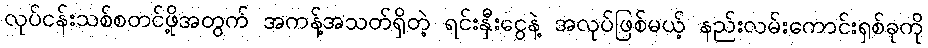
လုပ်ငန်းသစ်စတင်ဖို့အတွက် အကန့်အသတ်ရှိတဲ့ ရင်းနှီးငွေနဲ့ အလုပ်ဖြစ်မယ့် နည်းလမ်းကောင်းရှစ်ခုကို